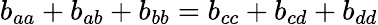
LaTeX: b_{aa}+b_{ab}+b_{bb}=b_{cc}+b_{cd}+b_{dd}